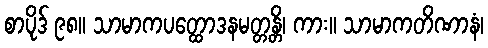
စာပိုဒ် ၉၈။ သာမာကပတ္ထောဒနမတ္တန္တိ၊ ကား။ သာမာကတိဏာနံ၊